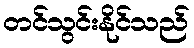
တင်သွင်းနိုင်သည်